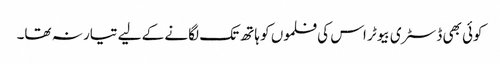
کوئی بھی ڈسٹری بیوٹر اس کی فلموں کو ہاتھ تک لگانے کے لیے تیار نہ تھا۔